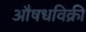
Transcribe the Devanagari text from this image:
औषधविक्री